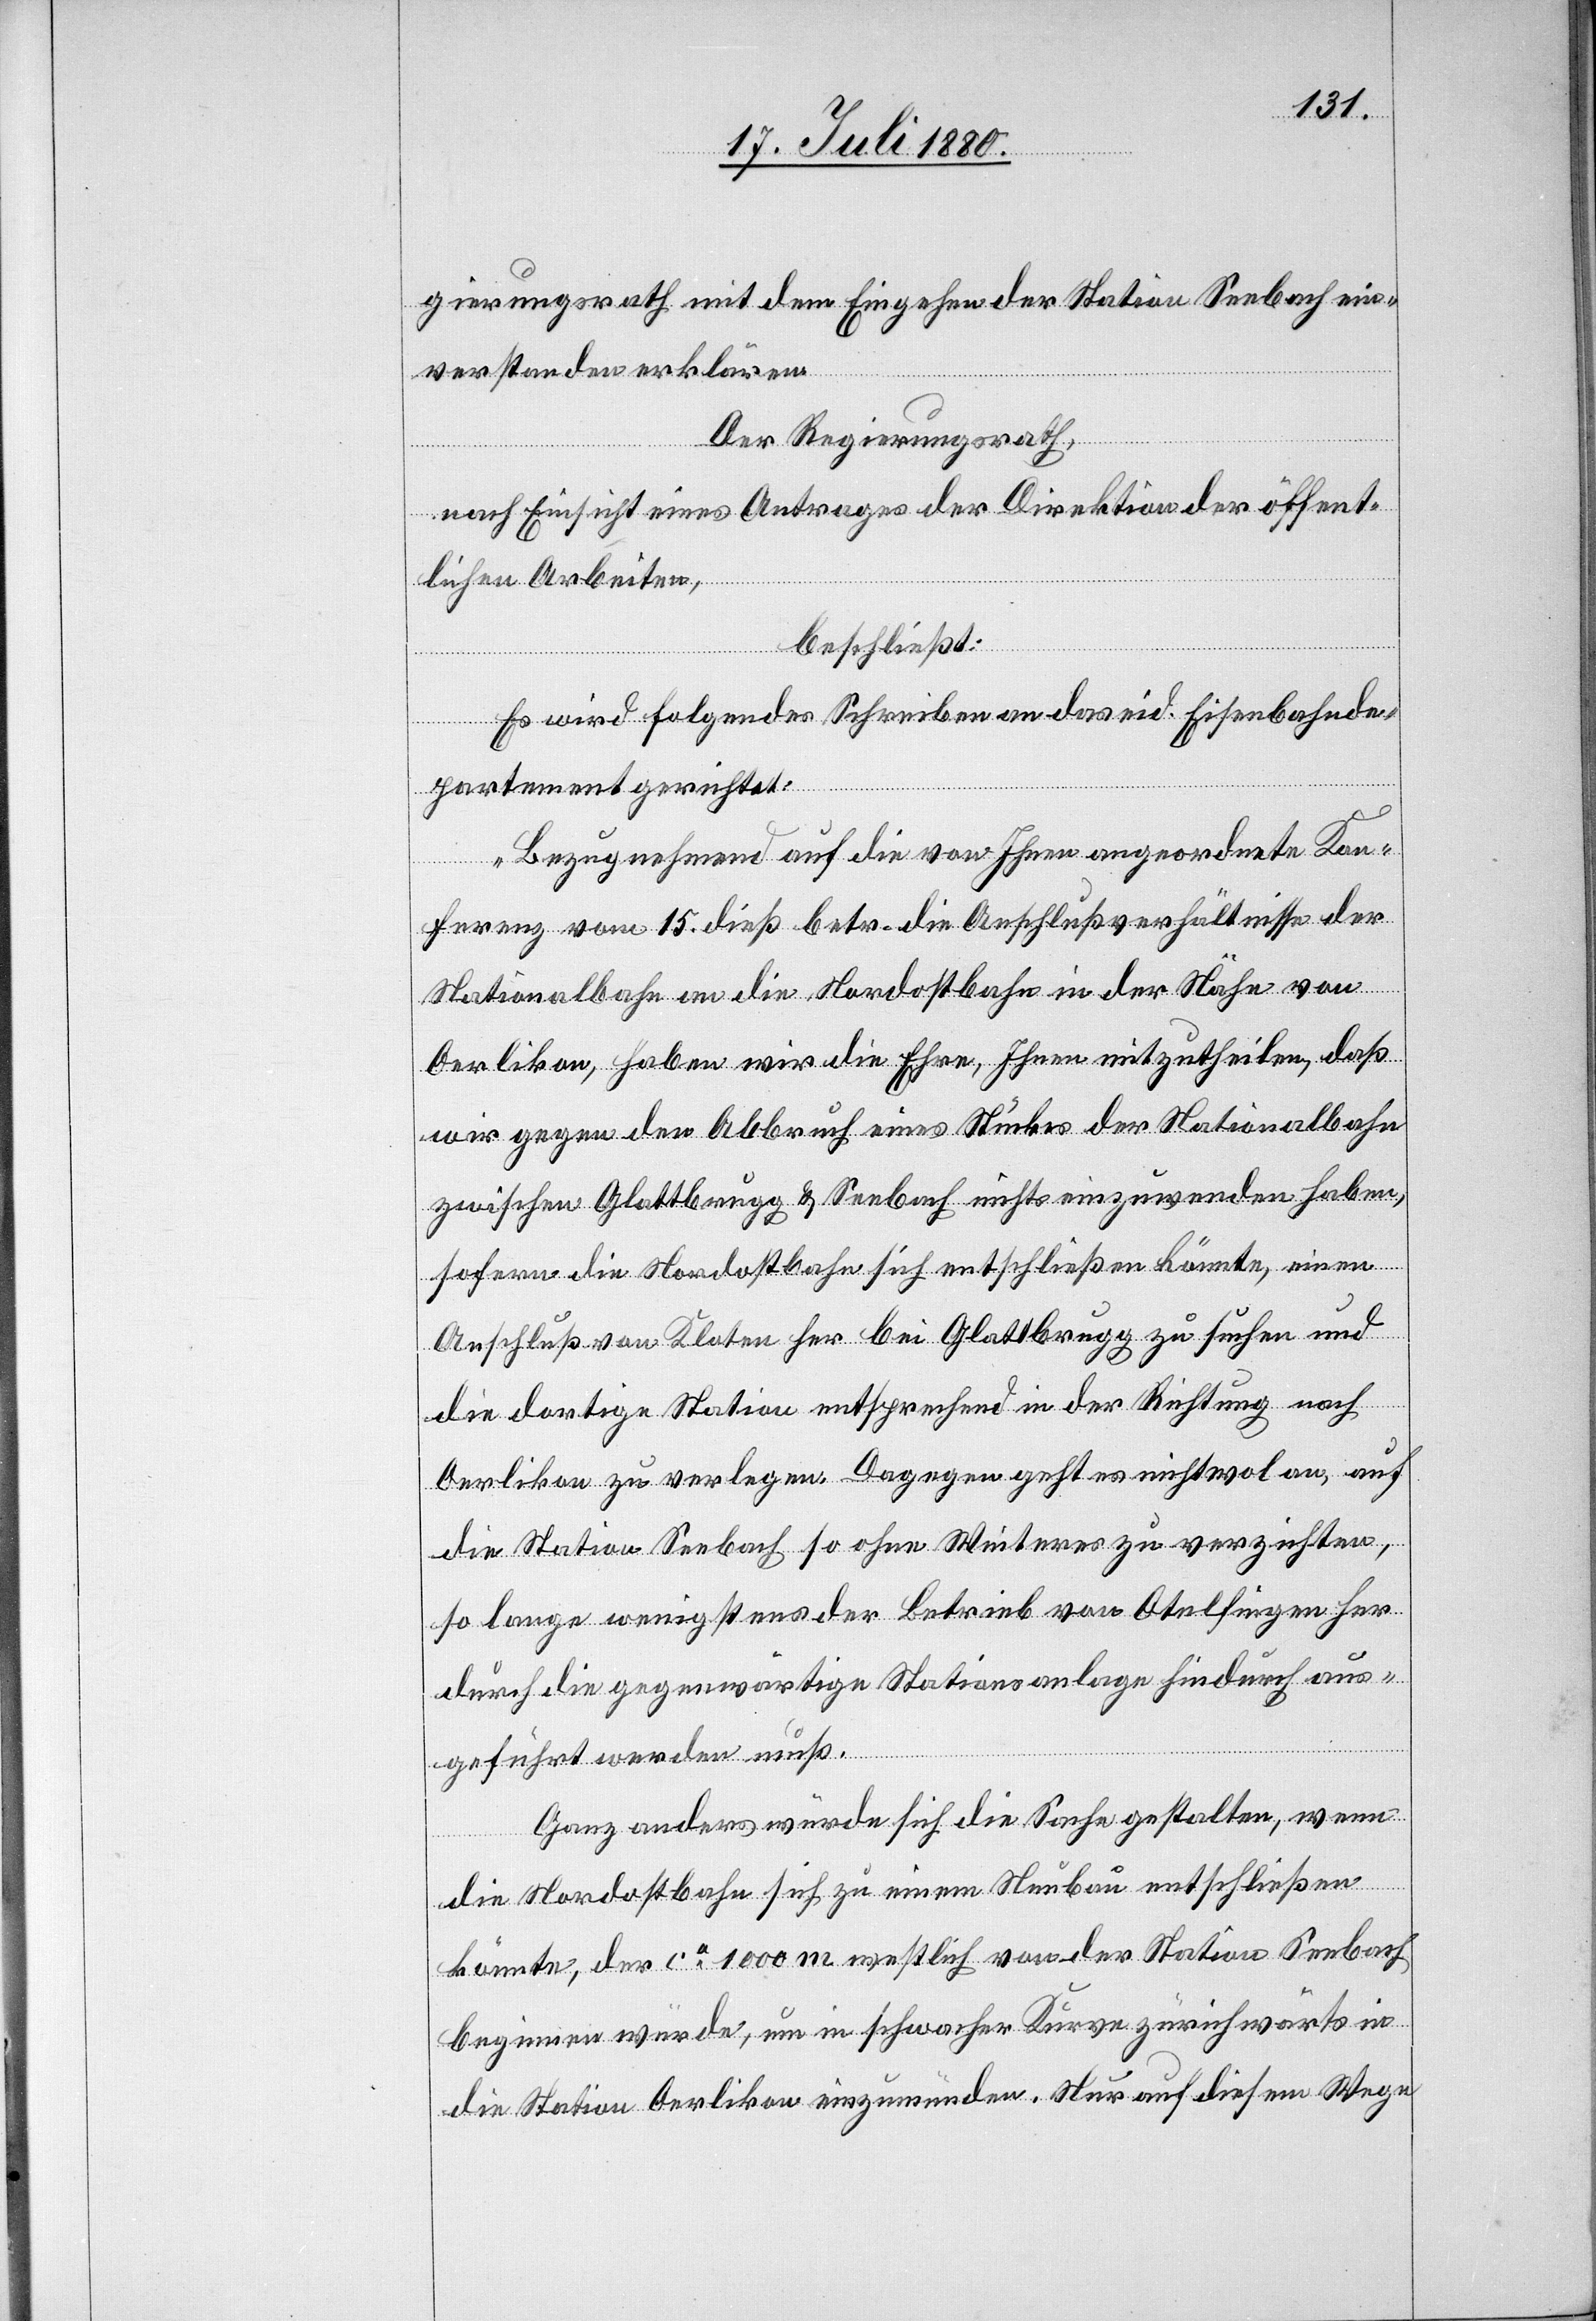
gierungsrath mit dem Eingehen der Station Seebach ein¬
verstanden erklären.
Der Regierungsrath,
nach Einsicht eines Antrages der Direktion der öffent¬
lichen Arbeiten,
beschließt:
Es wird folgendes Schreiben an das eid. Eisenbahnde¬
partement gerichtet:
„Bezugnehmend auf die von Ihnen angeordnete Kon¬
ferenz vom 15. dieß betr. die Anschlußverhältnisse der
Nationalbahn an die Nordostbahn in der Nähe von
Oerlikon, haben wir die Ehre, Ihnen mitzutheilen, daß
wir gegen den Abbruch eines Stückes der Nationalbahn
zwischen Glattbrugg & Seebach nichts einzuwenden haben,
sofern die Nordostbahn sich entschließen könnte, einen
Anschluß von Kloten her bei Glattbrugg zu suchen und
die dortige Station entsprechend in der Richtung nach
Oerlikon zu verlegen. Dagegen geht es nicht wol an, auf
die Station Seebach so ohne Weiteres zu verzichten,
so lange wenigstens der Betrieb von Otelfingen her
durch die gegenwärtigen Stationsanlage hindurch aus¬
geführt werden muß.
Ganz anders würde sich die Sache gestalten, wenn
die Nordostbahn sich zu einem Neubau entschließen
könnte, der ca 1000 m westlich von der Station Seebach
beginnen würde, um in schwacher Kurve zürichwärts in
die Station Oerlikon einzumünden. Nur auf diesem Wege